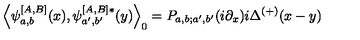
\left\langle \psi _ { a , b } ^ { \left[ A , B \right] } ( x ) , \psi _ { a ^ { \prime } , b ^ { \prime } } ^ { \left[ A , B \right] * } ( y ) \right\rangle _ { 0 } = P _ { a , b ; a ^ { \prime } , b ^ { \prime } } ( i \partial _ { x } ) i \Delta ^ { ( + ) } ( x - y ) \,